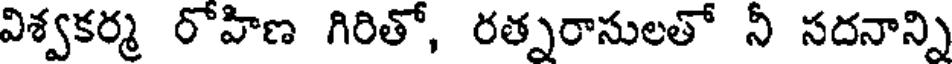
విశ్వకర్మ రోహిణ గిరితో, రత్నరాసులతో నీ సదనాన్ని